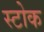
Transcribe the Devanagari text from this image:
स्‍टोक